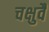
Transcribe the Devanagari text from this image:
चक्षुर्वै